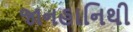
જાનહાનિથી